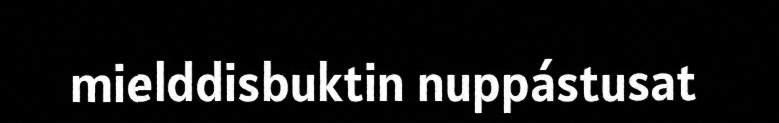
mielddisbuktin nuppástusat